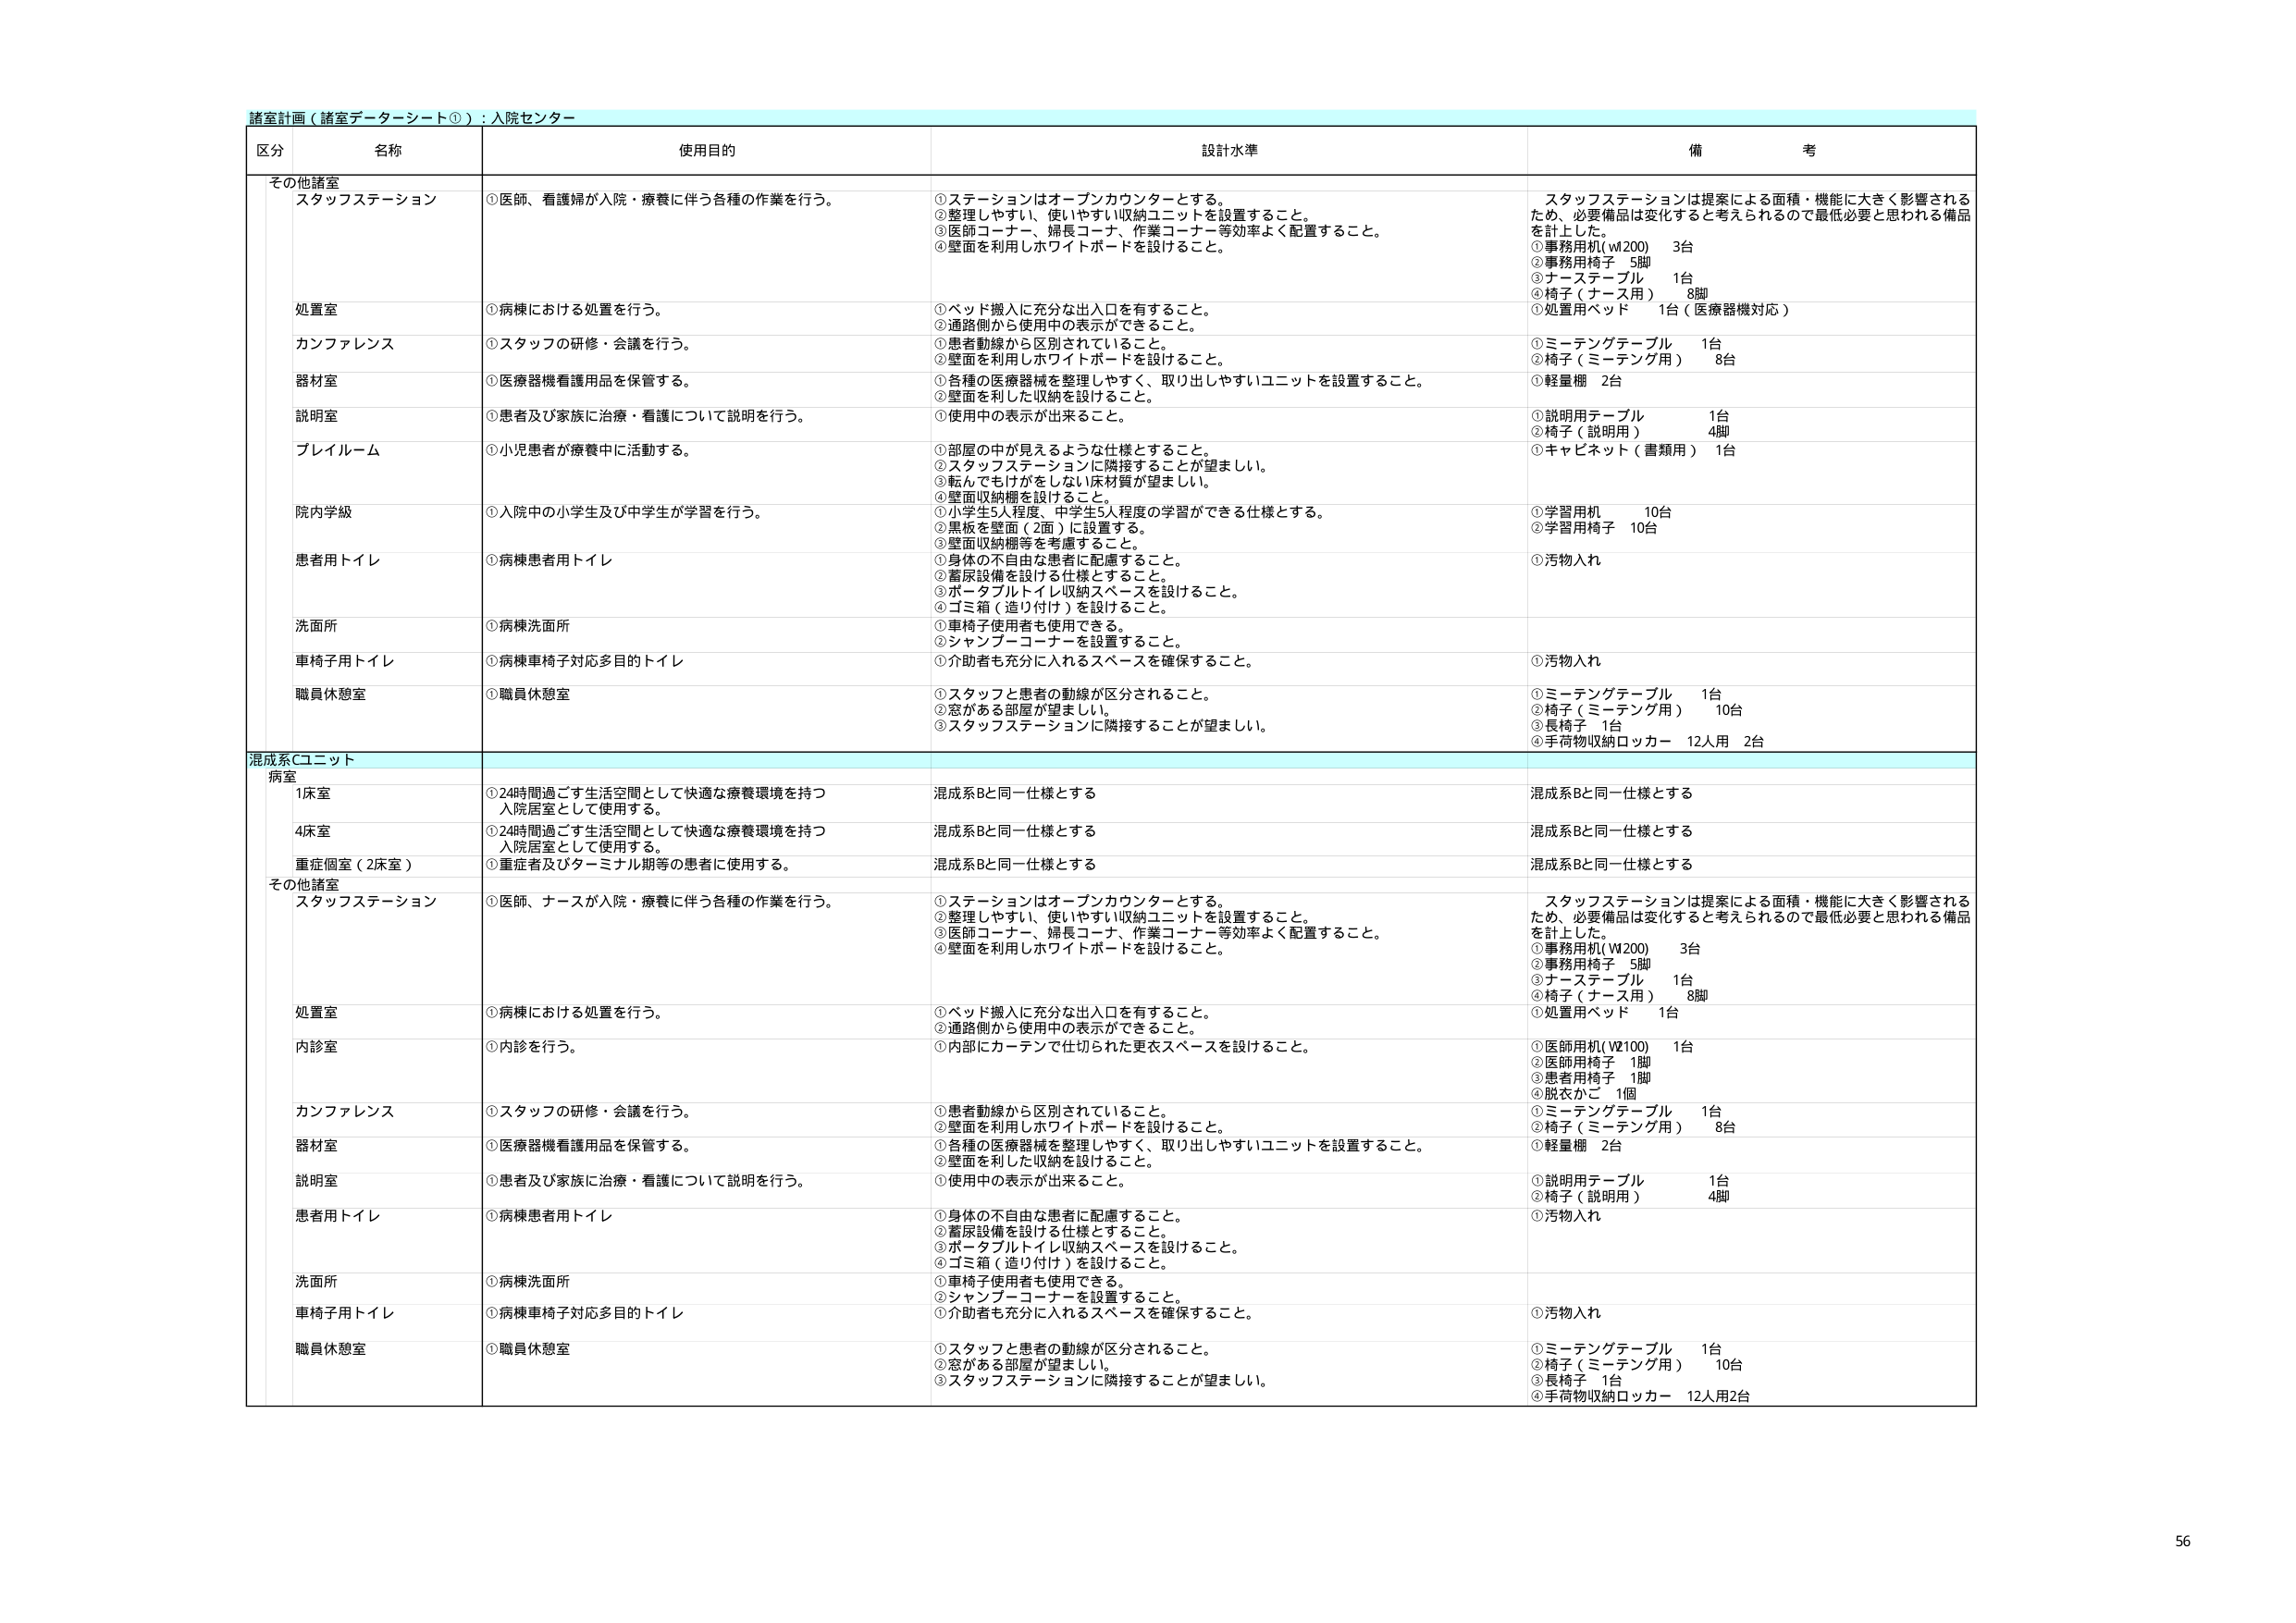
諸室計画（諸室データシート①）：入院センター

区分 名称 使用目的 設計水準 備考

その他諸室
スタッフステーション ①医師、看護婦が入院・療養に伴う各種の作業を行う。 ①ステーションはオープンカウンターとする。 ②整理しやすい、使いやすい収納ユニットを設置すること。 ③医師コーナー、婦長コーナー、作業コーナー等効率よく配置すること。 ④壁面を利用しホワイトボードを設けること。 スタッフステーションは提案による面積・機能に大きく影響されるため、必要備品は変化すると考えられるので最低必要と思われる備品を計上した。 ①事務用机（W200） 3台 ②事務用椅子 5脚 ③ナーステーブル 1台 ④椅子（ナース用） 8脚 ①処置用ベッド 1台（医療器機対応）

処置室 ①病棟における処置を行う。 ①ベッド搬入に充分な出入口を有すること。 ②通路側から使用中の表示ができること。

カンファレンス ①スタッフの研修・会議を行う。 ①患者動線から区別されていること。 ②壁面を利用しホワイトボードを設けること。 ①ミーテングテーブル 1台 ②椅子（ミーテング用） 8台

器材室 ①医療器機看護用品を保管する。 ①各種の医療器械を整理しやすく、取り出しやすいユニットを設置すること。 ②壁面を利した収納を設けること。 ①軽量棚 2台

説明室 ①患者及び家族に治療・看護について説明を行う。 ①使用中の表示が出来ること。 ①説明用テーブル 1台 ②椅子（説明用） 4脚

プレイルーム ①小児患者が療養中に活動する。 ①部屋の中が見えるような仕様とすること。 ②スタッフステーションに隣接することが望ましい。 ③転んでもけがをしない床材質が望ましい。 ④壁面収納棚を設けること。 ①キャビネット（書類用） 1台

院内学級 ①入院中の小学生及び中学生が学習を行う。 ①小学生5人程度、中学生5人程度の学習ができる仕様とする。 ②黒板を壁面（2面）に設置する。 ③壁面収納棚等を考慮すること。 ①学習用机 10台 ②学習用椅子 10台

患者用トイレ ①病棟患者用トイレ ①身体の不自由な患者に配慮すること。 ②着尿設備を設ける仕様とすること。 ③ポータブルトイレ収納スペースを設けること。 ④ゴミ箱（造り付け）を設けること。 ①汚物入れ

洗面所 ①病棟洗面所 ①車椅子使用者も使用できる。 ②シャンプーコーナーを設置すること。

車椅子用トイレ ①病棟車椅子対応多目的トイレ ①介助者も充分に入れるスペースを確保すること。 ①汚物入れ

職員休憩室 ①職員休憩室 ①スタッフと患者の動線が区分されること。 ②窓がある部屋が望ましい。 ③スタッフステーションに隣接することが望ましい。 ①ミーテングテーブル 1台 ②椅子（ミーテング用） 10台 ③長椅子 1台 ④手荷物収納ロッカー 12人用 2台

混成系Cユニット

病室
1床室 ①24時間過ごす生活空間として快適な療養環境を持つ入院居室として使用する。 混成系Bと同一仕様とする 混成系Bと同一仕様とする

4床室 ①24時間過ごす生活空間として快適な療養環境を持つ入院居室として使用する。 混成系Bと同一仕様とする 混成系Bと同一仕様とする

重症個室（2床室） ①重症者及びターミナル期等の患者に使用する。 混成系Bと同一仕様とする 混成系Bと同一仕様とする

その他諸室
スタッフステーション ①医師、ナースが入院・療養に伴う各種の作業を行う。 ①ステーションはオープンカウンターとする。 ②整理しやすい、使いやすい収納ユニットを設置すること。 ③医師コーナー、婦長コーナー、作業コーナー等効率よく配置すること。 ④壁面を利用しホワイトボードを設けること。 スタッフステーションは提案による面積・機能に大きく影響されるため、必要備品は変化すると考えられるので最低必要と思われる備品を計上した。 ①事務用机（W200） 3台 ②事務用椅子 5脚 ③ナーステーブル 1台 ④椅子（ナース用） 8脚 ①処置用ベッド 1台

処置室 ①病棟における処置を行う。 ①ベッド搬入に充分な出入口を有すること。 ②通路側から使用中の表示ができること。

内診室 ①内診を行う。 ①内部にカーテンで仕切られた更衣スペースを設けること。 ①医師用机（W2100） 1台 ②医師用椅子 1脚 ③患者用椅子 1脚 ④脱衣かご 1個

カンファレンス ①スタッフの研修・会議を行う。 ①患者動線から区別されていること。 ②壁面を利用しホワイトボードを設けること。 ①ミーテングテーブル 1台 ②椅子（ミーテング用） 8台

器材室 ①医療器機看護用品を保管する。 ①各種の医療器械を整理しやすく、取り出しやすいユニットを設置すること。 ②壁面を利した収納を設けること。 ①軽量棚 2台

説明室 ①患者及び家族に治療・看護について説明を行う。 ①使用中の表示が出来ること。 ①説明用テーブル 1台 ②椅子（説明用） 4脚

患者用トイレ ①病棟患者用トイレ ①身体の不自由な患者に配慮すること。 ②着尿設備を設ける仕様とすること。 ③ポータブルトイレ収納スペースを設けること。 ④ゴミ箱（造り付け）を設けること。 ①汚物入れ

洗面所 ①病棟洗面所 ①車椅子使用者も使用できる。 ②シャンプーコーナーを設置すること。

車椅子用トイレ ①病棟車椅子対応多目的トイレ ①介助者も充分に入れるスペースを確保すること。 ①汚物入れ

職員休憩室 ①職員休憩室 ①スタッフと患者の動線が区分されること。 ②窓がある部屋が望ましい。 ③スタッフステーションに隣接することが望ましい。 ①ミーテングテーブル 1台 ②椅子（ミーテング用） 10台 ③長椅子 1台 ④手荷物収納ロッカー 12人用2台

56